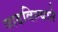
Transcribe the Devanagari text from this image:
वाढविल्याने